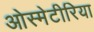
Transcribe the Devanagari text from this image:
ओस्मेटीरिया